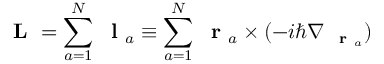
\mathrm { ~ \bf ~ L ~ } = \sum _ { a = 1 } ^ { N } \mathrm { ~ \bf ~ l ~ } _ { a } \equiv \sum _ { a = 1 } ^ { N } \mathrm { ~ \bf ~ r ~ } _ { a } \times ( - i \hbar \nabla _ { \mathrm { ~ \bf ~ r ~ } _ { a } } )